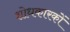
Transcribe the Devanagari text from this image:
शोधकारकों